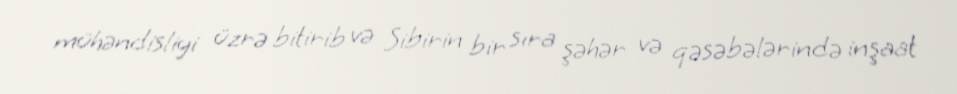
mühəndisliyi üzrə bitirib və Sibirin bir sıra şəhər və qəsəbələrində inşaat